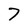
Character: 7